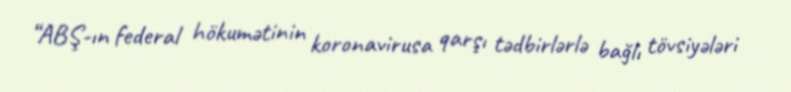
“ABŞ-ın federal hökumətinin koronavirusa qarşı tədbirlərlə bağlı tövsiyələri